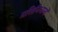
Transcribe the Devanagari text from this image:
प्रतिनिधानों